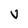
Character: V